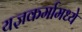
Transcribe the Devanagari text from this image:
यज्ञकर्मामध्ये